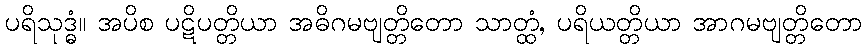
ပရိသုဒ္ဓံ။ အပိစ ပဋိပတ္တိယာ အဓိဂမဗျတ္တိတော သာတ္ထံ, ပရိယတ္တိယာ အာဂမဗျတ္တိတော